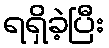
ရရှိခဲ့ပြီး